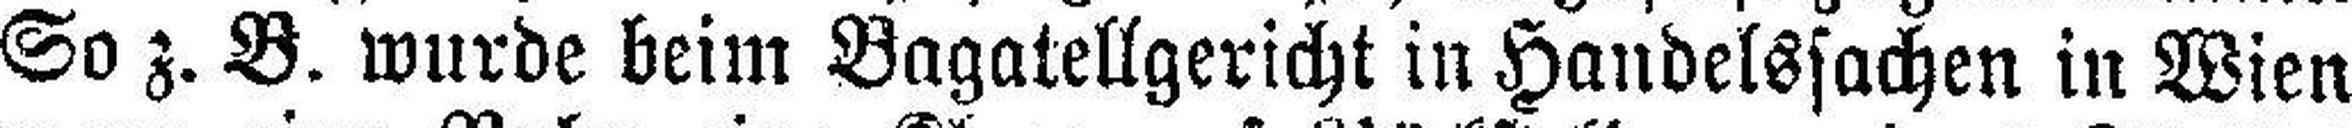
So z. B. wurde beim Bagatellgericht in Handelssachen in Wien